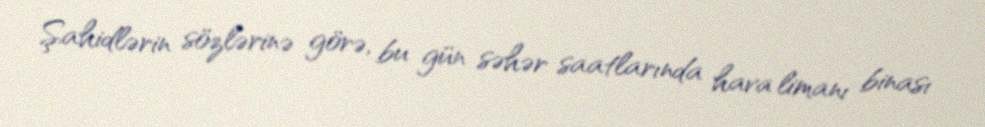
Şahidlərin sözlərinə görə, bu gün səhər saatlarında hava limanı binası